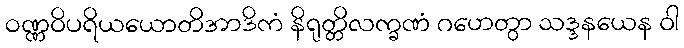
ဝဏ္ဏဝိပရိယယောတိအာဒိကံ နိရုတ္တိလက္ခဏံ ဂဟေတွာ သဒ္ဒနယေန ဝါ